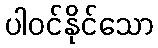
ပါဝင်နိုင်သော